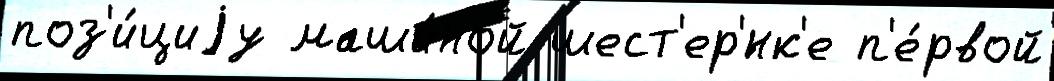
поз'и́циjу маши́ной шест'ер'́нк'е п'е́рвой